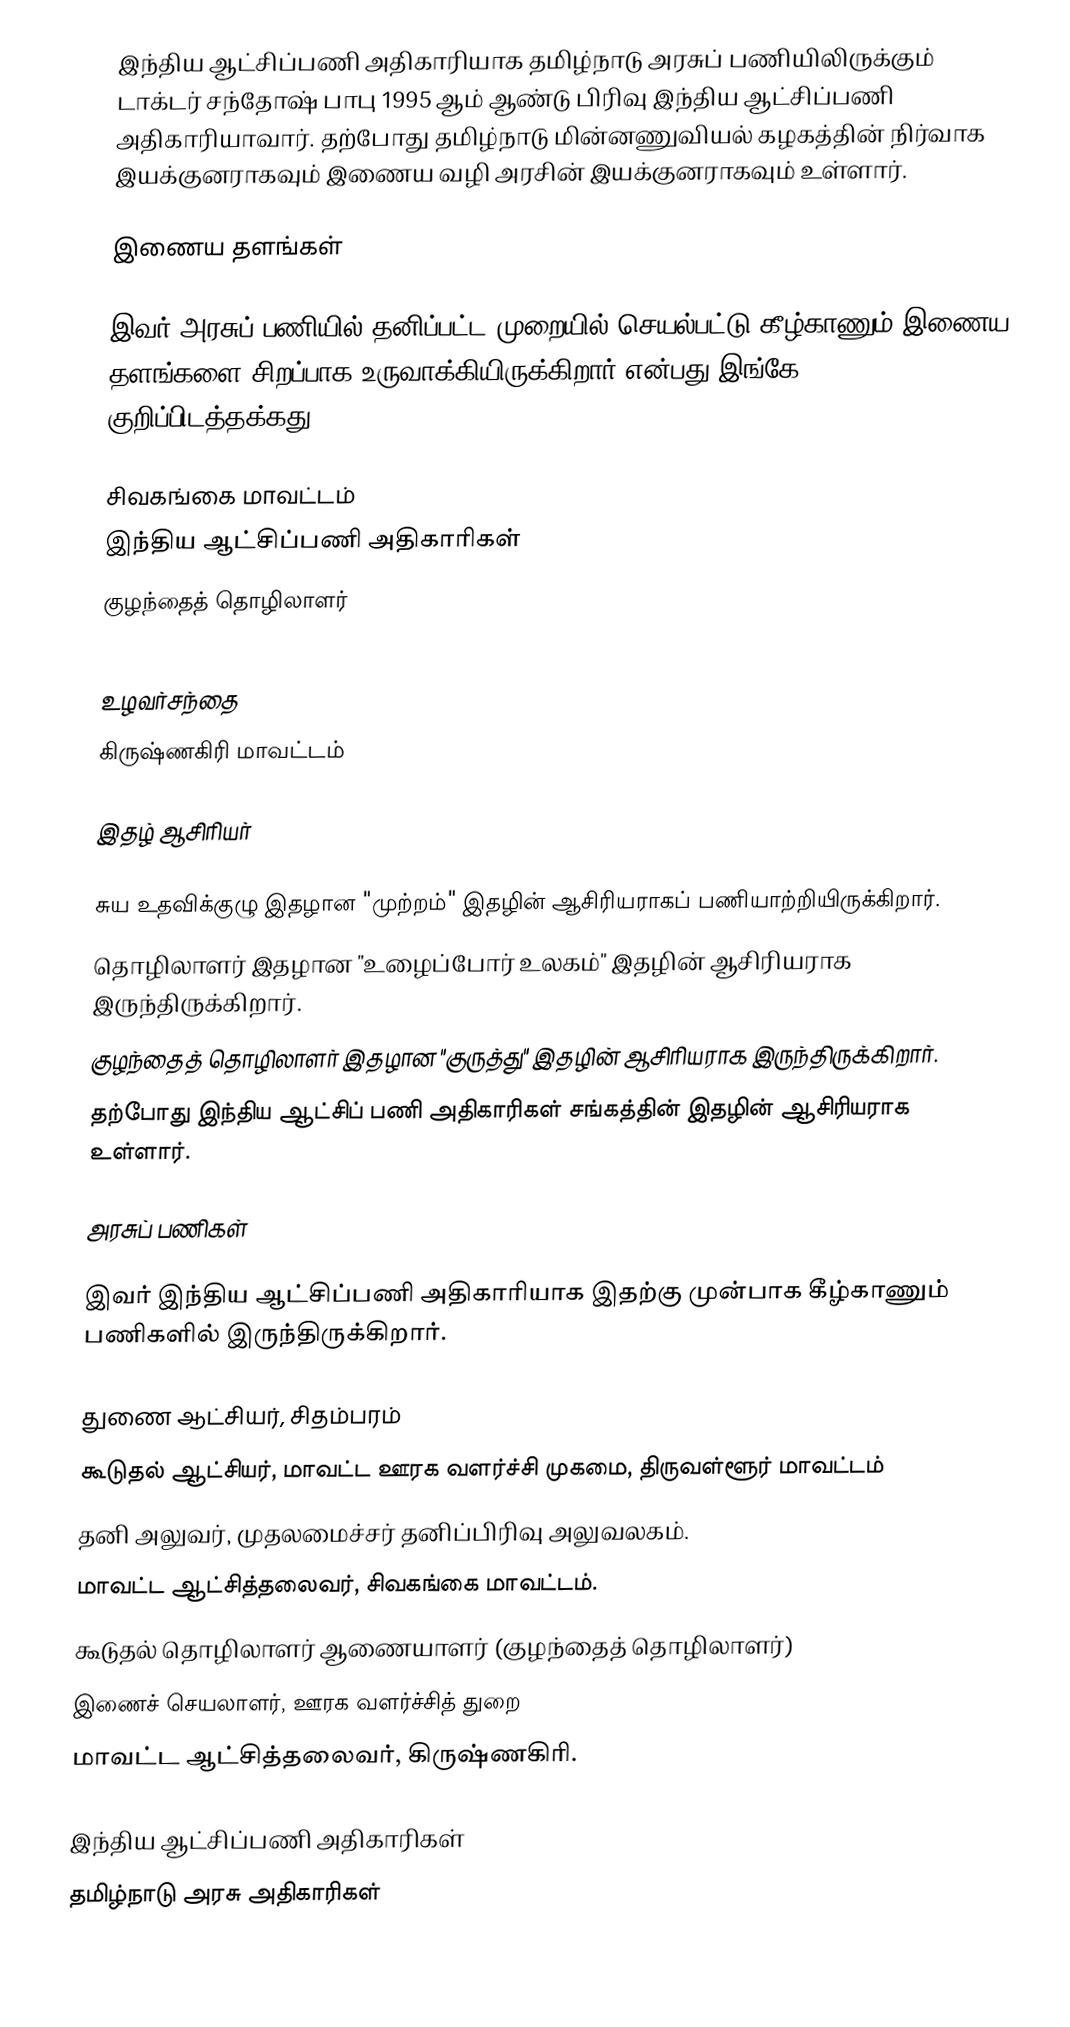
இந்திய ஆட்சிப்பணி அதிகாரியாக தமிழ்நாடு அரசுப் பணியிலிருக்கும் டாக்டர் சந்தோஷ் பாபு 1995 ஆம் ஆண்டு பிரிவு இந்திய ஆட்சிப்பணி அதிகாரியாவார். தற்போது தமிழ்நாடு மின்னணுவியல் கழகத்தின் நிர்வாக இயக்குனராகவும் இணைய வழி அரசின் இயக்குனராகவும் உள்ளார்.

இணைய தளங்கள்

இவர் அரசுப் பணியில் தனிப்பட்ட முறையில் செயல்பட்டு கீழ்காணும் இணைய தளங்களை சிறப்பாக உருவாக்கியிருக்கிறார் என்பது இங்கே குறிப்பிடத்தக்கது.

 சிவகங்கை மாவட்டம்
 இந்திய ஆட்சிப்பணி அதிகாரிகள்
 குழந்தைத் தொழிலாளர்

 உழவர்சந்தை
 கிருஷ்ணகிரி மாவட்டம்

இதழ் ஆசிரியர்

 சுய உதவிக்குழு இதழான "முற்றம்" இதழின் ஆசிரியராகப் பணியாற்றியிருக்கிறார்.
 தொழிலாளர் இதழான "உழைப்போர் உலகம்" இதழின் ஆசிரியராக இருந்திருக்கிறார்.
 குழந்தைத் தொழிலாளர் இதழான "குருத்து" இதழின் ஆசிரியராக இருந்திருக்கிறார்.
 தற்போது இந்திய ஆட்சிப் பணி அதிகாரிகள் சங்கத்தின் இதழின் ஆசிரியராக உள்ளார்.

அரசுப் பணிகள்

இவர் இந்திய ஆட்சிப்பணி அதிகாரியாக இதற்கு முன்பாக கீழ்காணும் பணிகளில் இருந்திருக்கிறார்.

 துணை ஆட்சியர், சிதம்பரம்
 கூடுதல் ஆட்சியர், மாவட்ட ஊரக வளர்ச்சி முகமை, திருவள்ளூர் மாவட்டம்
 தனி அலுவர், முதலமைச்சர் தனிப்பிரிவு அலுவலகம்.
 மாவட்ட ஆட்சித்தலைவர், சிவகங்கை மாவட்டம்.
 கூடுதல் தொழிலாளர் ஆணையாளர் (குழந்தைத் தொழிலாளர்)
 இணைச் செயலாளர், ஊரக வளர்ச்சித் துறை
 மாவட்ட ஆட்சித்தலைவர், கிருஷ்ணகிரி.

 இந்திய ஆட்சிப்பணி அதிகாரிகள்
 தமிழ்நாடு அரசு அதிகாரிகள்